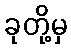
ခုတို့မှ